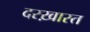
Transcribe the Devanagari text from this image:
दरख़ास्त